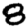
Digit: 8